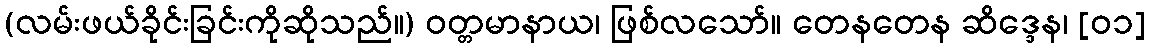
(လမ်းဖယ်ခိုင်းခြင်းကိုဆိုသည်။) ဝတ္တမာနာယ၊ ဖြစ်လသော်။ တေနတေန ဆိဒ္ဒေန၊ [၀၁]